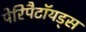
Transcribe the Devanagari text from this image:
पेरिपैटॉयड्स